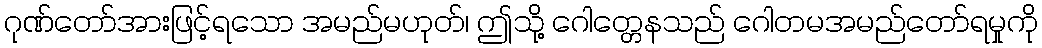
ဂုဏ်တော်အားဖြင့်ရသော အမည်မဟုတ်၊ ဤသို့ ဂေါတ္တေနသည် ဂေါတမအမည်တော်ရမှုကို